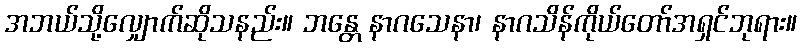
အဘယ်သို့လျှောက်ဆိုသနည်း။ ဘန္တေ နာဂသေနာ၊ နာဂသိန်ကိုယ်တော်အရှင်ဘုရား။